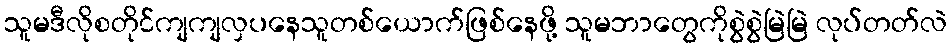
သူမဒီလိုစတိုင်ကျကျလှပနေသူတစ်ယောက်ဖြစ်နေဖို့ သူမဘာတွေကိုစွဲစွဲမြဲမြဲ လုပ်တတ်လဲ